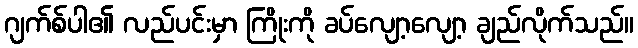
ဂျက်စ်ပါ၏ လည်ပင်းမှာ ကြိုးကို ခပ်လျော့လျော့ ချည်လိုက်သည်။